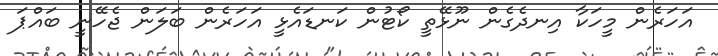
އަހަރެން މީހަކާ އިނދެގެން ނޫޅޭތީ ކޯޓުން ކަނޑައެޅީ އަހަރެން ބަލަން ޖެހޭނީ ބައްޕަ